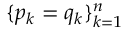
\{ p _ { k } = q _ { k } \} _ { k = 1 } ^ { n }